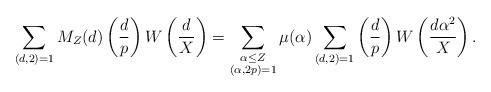
LaTeX: \begin{align*} \sum_{(d,2)=1}M_Z(d)\left( \frac{d}{p} \right) W\left( \frac{d}{X} \right)=\sum_{\substack{\alpha \leq Z \\ (\alpha, 2p)=1}}\mu(\alpha) \sum_{(d,2)=1}\left( \frac{d}{p} \right) W\left( \frac{d\alpha^2}{X} \right).\end{align*}